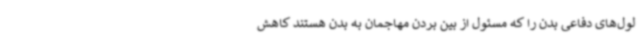
لول‌های دفاعی بدن را که مسئول از بین بردن مهاجمان به بدن هستند کاهش